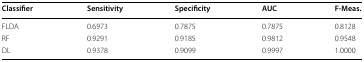
<table><thead><tr><td><b>Classifier</b></td><td><b>Sensitivity</b></td><td><b>Specificity</b></td><td><b>AUC</b></td><td><b>F-Meas.</b></td></tr></thead><tbody><tr><td>FLDA</td><td>0.6973</td><td>0.7875</td><td>0.7875</td><td>0.8128</td></tr><tr><td>RF</td><td>0.9291</td><td>0.9185</td><td>0.9812</td><td>0.9548</td></tr><tr><td>DL</td><td>0.9378</td><td>0.9099</td><td>0.9997</td><td>1.0000</td></tr></tbody></table>